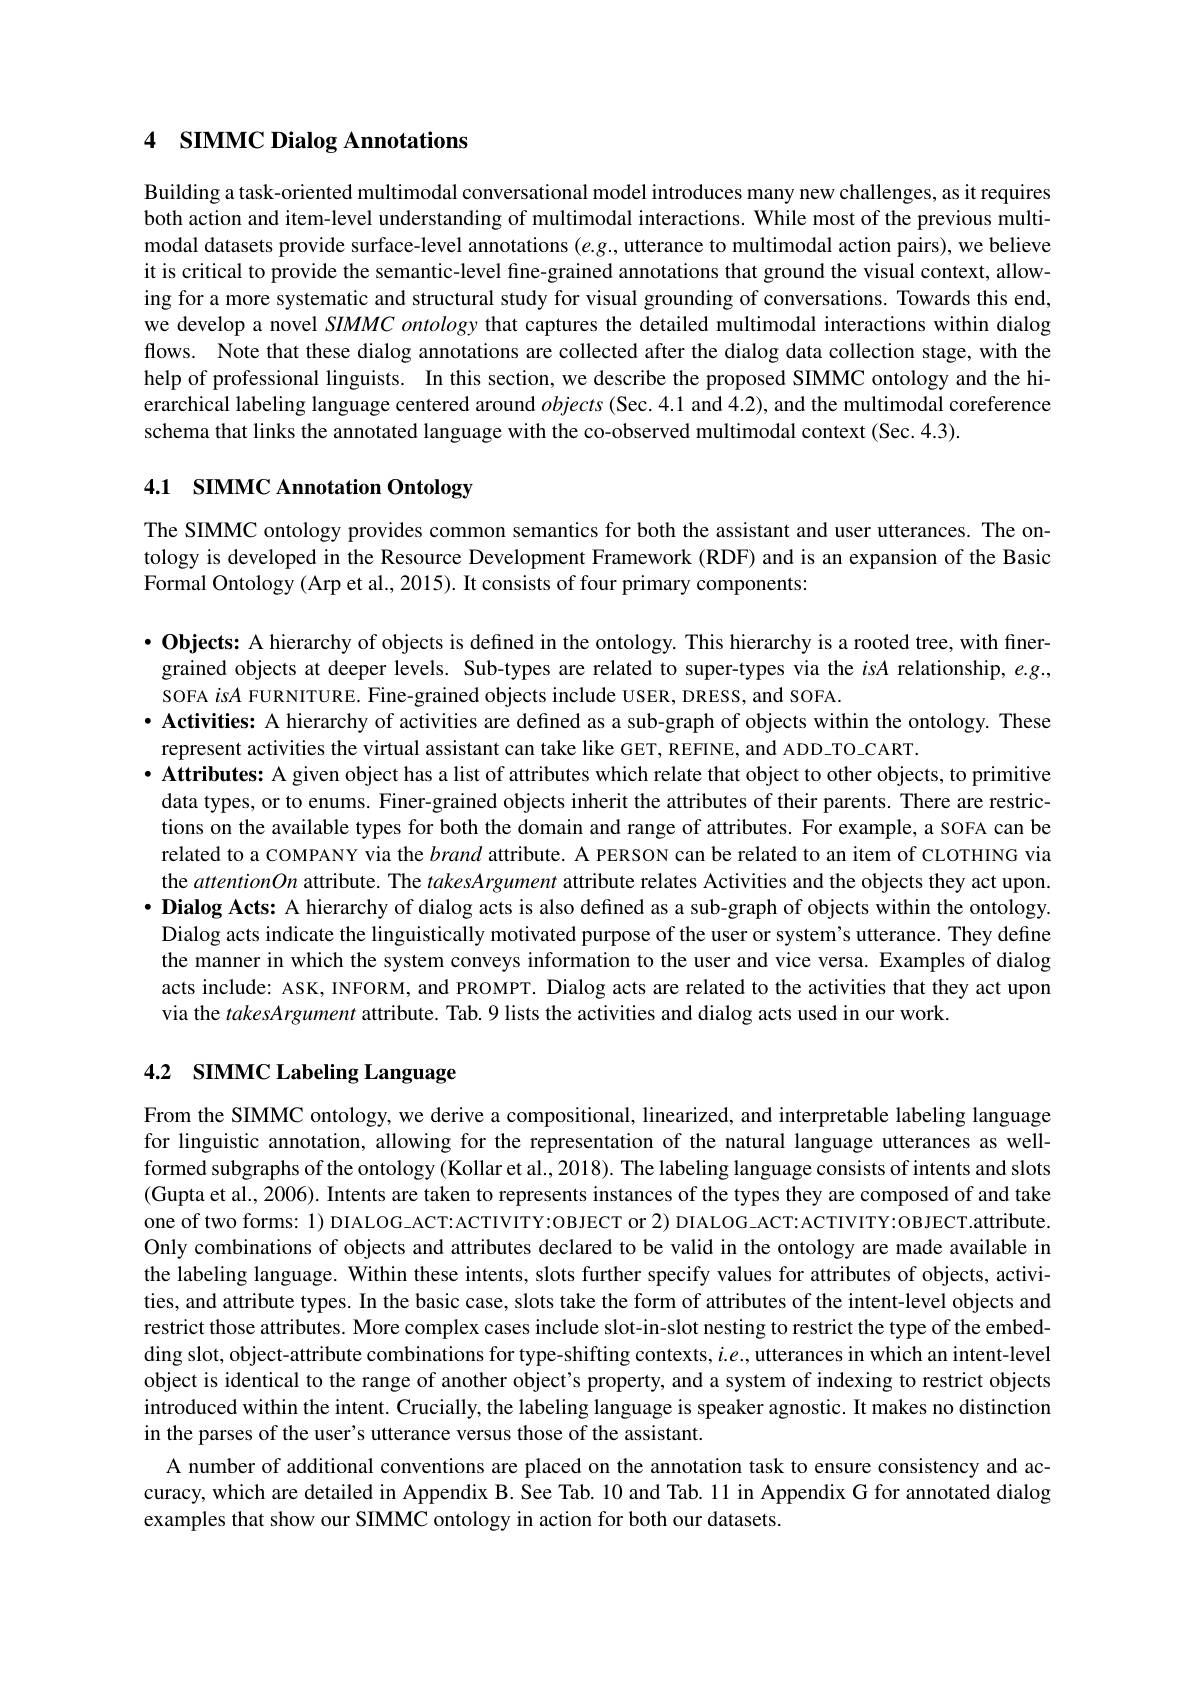
## 4 SIMMC Dialog Annotations

Building a task-oriented multimodal conversational model introduces many new challenges, as it requires both action and item-level understanding of multimodal interactions. While most of the previous multimodal datasets provide surface-level annotations $(e.g$, utterance to multimodal action pairs), we believe it is critical to provide the semantic-level fine-grained annotations that ground the visual context, allowing for a more systematic and structural study for visual grounding of conversations. Towards this end, we develop a novel SIMMC ontology that captures the detailed multimodal interactions within dialog flows. Note that these dialog annotations are collected after the dialog data collection stage, with the help of professional linguists. In this section, we describe the proposed SIMMC ontology and the hierarchical labeling language centered around $objects($Sec. 4.1 and 4.2), and the multimodal coreference schema that links the annotated language with the co-observed multimodal context (Sec.4.3).

## 4.1 SIMMC Annotation Ontology

The SIMMC ontology provides common semantics for both the assistant and user utterances. The ontology is developed in the Resource Development Framework (RDF) and is an expansion of the Basic Formal Ontology (Arp et al., 2015). It consists of four primary components:

$•$ Objects: A hierarchy of objects is defined in the ontology. This hierarchy is a rooted tree, with finergrained objects at deeper levels. Sub-types are related to super-types via the isA relationship, e.g., SOFA isA FURNITURE. Fine-grained objects include USER, DRESS, and SOFA.
· Activities: A hierarchy of activities are defined as a sub-graph of objects within the ontology. These
represent activities the virtual assistant can take like GET, REFINE, and ADD TO CART.
· Attributes: A given object has a list of attributes which relate that object to other objects, to primitive data types, or to enums. Finer-grained objects inherit the attributes of their parents. There are restrictions on the available types for both the domain and range of attributes. For example, a SOFA can be related to a COMPANY via the brand attribute. A PERSON can be related to an item of CLOTHING via the attentionOn attribute. The takesArgument attribute relates Activities and the objects they act upon. · Dialog Acts: A hierarchy of dialog acts is also defined as a sub-graph of objects within the ontology. Dialog acts indicate the linguistically motivated purpose of the user or system's utterance. They define the manner in which the system conveys information to the user and vice versa. Examples of dialog acts include: ASK, INFORM, and PROMPT. Dialog acts are related to the activities that they act upon via the takesArgument attribute. Tab. 9 lists the activities and dialog acts used in our work.

# 4.2 SIMMC Labeling Language

From the SIMMC ontology, we derive a compositional, linearized, and interpretable labeling language for linguistic annotation, allowing for the representation of the natural language utterances as wellformed subgraphs of the ontology (Kollar et al., 2018). The labeling language consists of intents and slots (Gupta et al., 2006). Intents are taken to represents instances of the types they are composed of and take one of two forms: 1) DIALOG\_ACT: ACTIVITY: OBJECT or 2) DIALOG\_ACT: ACTIVITY: OBJECT. attribute Only combinations of objects and attributes declared to be valid in the ontology are made available in the labeling language. Within these intents, slots further specify values for attributes of objects, activities, and attribute types. In the basic case, slots take the form of attributes of the intent-level objects and restrict those attributes. More complex cases include slot-in-slot nesting to restrict the type of the embedding slot, object-attribute combinations for type-shifting contexts, $i.e.$, utterances in which an intent-level object is identical to the range of another object's property, and a system of indexing to restrict objects introduced within the intent. Crucially, the labeling language is speaker agnostic. It makes no distinction in the parses of the user's utterance versus those of the assistant
A number of additional conventions are placed on the annotation task to ensure consistency and accuracy, which are detailed in Appendix B. See Tab. 10 and Tab. 11 in Appendix G for annotated dialog examples that show our SIMMC ontology in action for both our datasets.